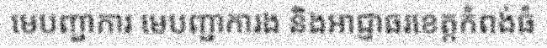
មេបញ្ជាការ មេបញ្ជាការង និងអាជ្ញាធរខេត្តកំពង់ធំ